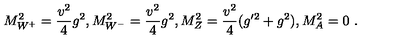
M _ { W ^ { + } } ^ { 2 } = { \frac { v ^ { 2 } } { 4 } } g ^ { 2 } , M _ { W ^ { - } } ^ { 2 } = { \frac { v ^ { 2 } } { 4 } } g ^ { 2 } , M _ { Z } ^ { 2 } = { \frac { v ^ { 2 } } { 4 } } ( g ^ { \prime 2 } + g ^ { 2 } ) , M _ { A } ^ { 2 } = 0 \ .